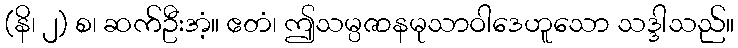
(နိ၊ ၂) စ၊ ဆက်ဦးအံ့။ ဧတံ၊ ဤသမ္ပဇာနမုသာဝါဒေဟူသော သဒ္ဒါသည်။